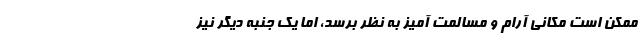
ممکن است مکانی آرام و مسالمت آمیز به نظر برسد، اما یک جنبه دیگر نیز